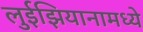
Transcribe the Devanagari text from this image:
लुईझियानामध्ये